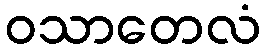
ဝသာတေလံ